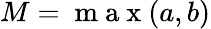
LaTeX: {M=\mathrm{~m~a~x~}(a,b)}